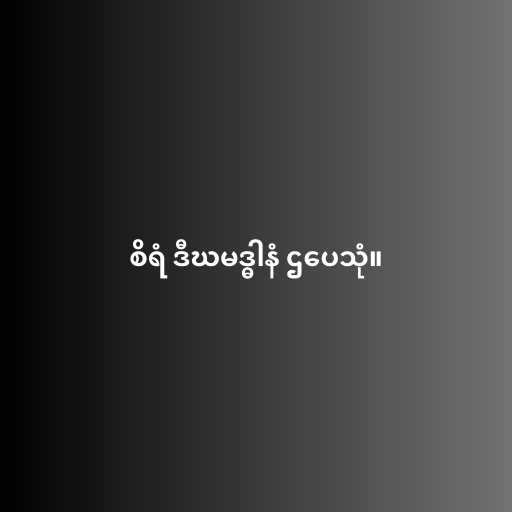
စိရံ ဒီဃမဒ္ဓါနံ ဌပေသုံ။